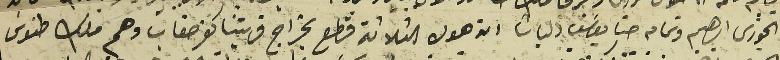
الخورى ابرهيم وتمام حنا يوسَف الباشا ان هول الثلاثة قطع بخراج قريتنا كفرصغاب وهم ملك طنوسَ